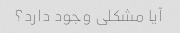
آیا مشکلی وجود دارد؟